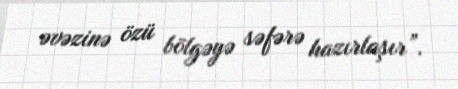
əvəzinə özü bölgəyə səfərə hazırlaşır”.